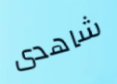
شاهدى